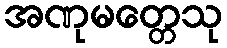
အဏုမတ္တေသု